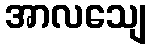
အာလသျေ